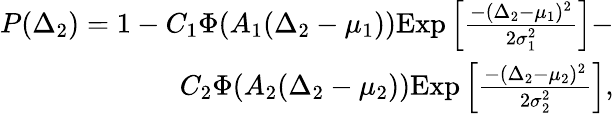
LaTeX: \begin{array}{r}{P(\Delta_{2})=1-C_{1}\Phi(A_{1}(\Delta_{2}-\mu_{1}))\mathrm{Exp}\left[\frac{-(\Delta_{2}-\mu_{1})^{2}}{2\sigma_{1}^{2}}\right]-}\\ {C_{2}\Phi(A_{2}(\Delta_{2}-\mu_{2}))\mathrm{Exp}\left[\frac{-(\Delta_{2}-\mu_{2})^{2}}{2\sigma_{2}^{2}}\right],}\end{array}